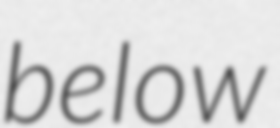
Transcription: below